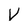
Character: V